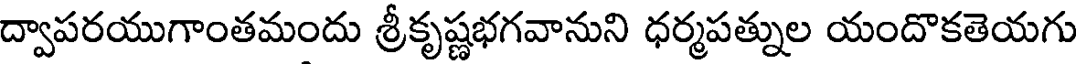
ద్వాపరయుగాంతమందు శ్రీకృష్ణభగవానుని ధర్మపత్నుల యందొకతెయగు